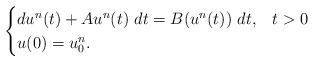
LaTeX: \begin{align*}\begin{cases}du^{n}(t) + Au^{n}(t)\ dt= B(u^{n}(t)) \ dt, & t>0 \\ u(0)=u_{0}^{n}. \end{cases}\end{align*}